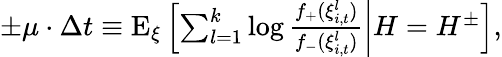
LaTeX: \begin{array}{r}{\pm\mu\cdot\Delta t\equiv\mathrm{E}_{\xi}\left[\left.\sum_{l=1}^{k}\log\frac{f_{+}(\xi_{i,t}^{l})}{f_{-}(\xi_{i,t}^{l})}\right|H=H^{\pm}\right],}\end{array}